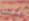
يمكنك